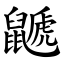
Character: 鼶